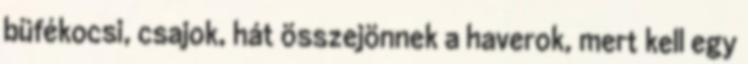
büfékocsi, csajok, hát összejönnek a haverok, mert kell egy